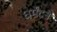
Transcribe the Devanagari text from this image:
धर्मेंद्रने